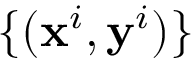
\{ ( \mathbf { x } ^ { i } , \mathbf { y } ^ { i } ) \}